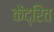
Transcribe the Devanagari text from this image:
केंद्रित